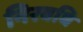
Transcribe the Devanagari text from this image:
निरवधि